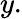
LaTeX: y.